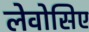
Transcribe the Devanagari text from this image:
लेवोसिए